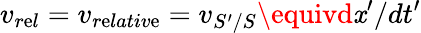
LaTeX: v_{r\mathrm{e}l}=v_{r\mathrm{e}lativ\mathrm{e}}=v_{S^{\prime}/S}\equivd\mathit{x}^{\prime}/dt^{\prime}